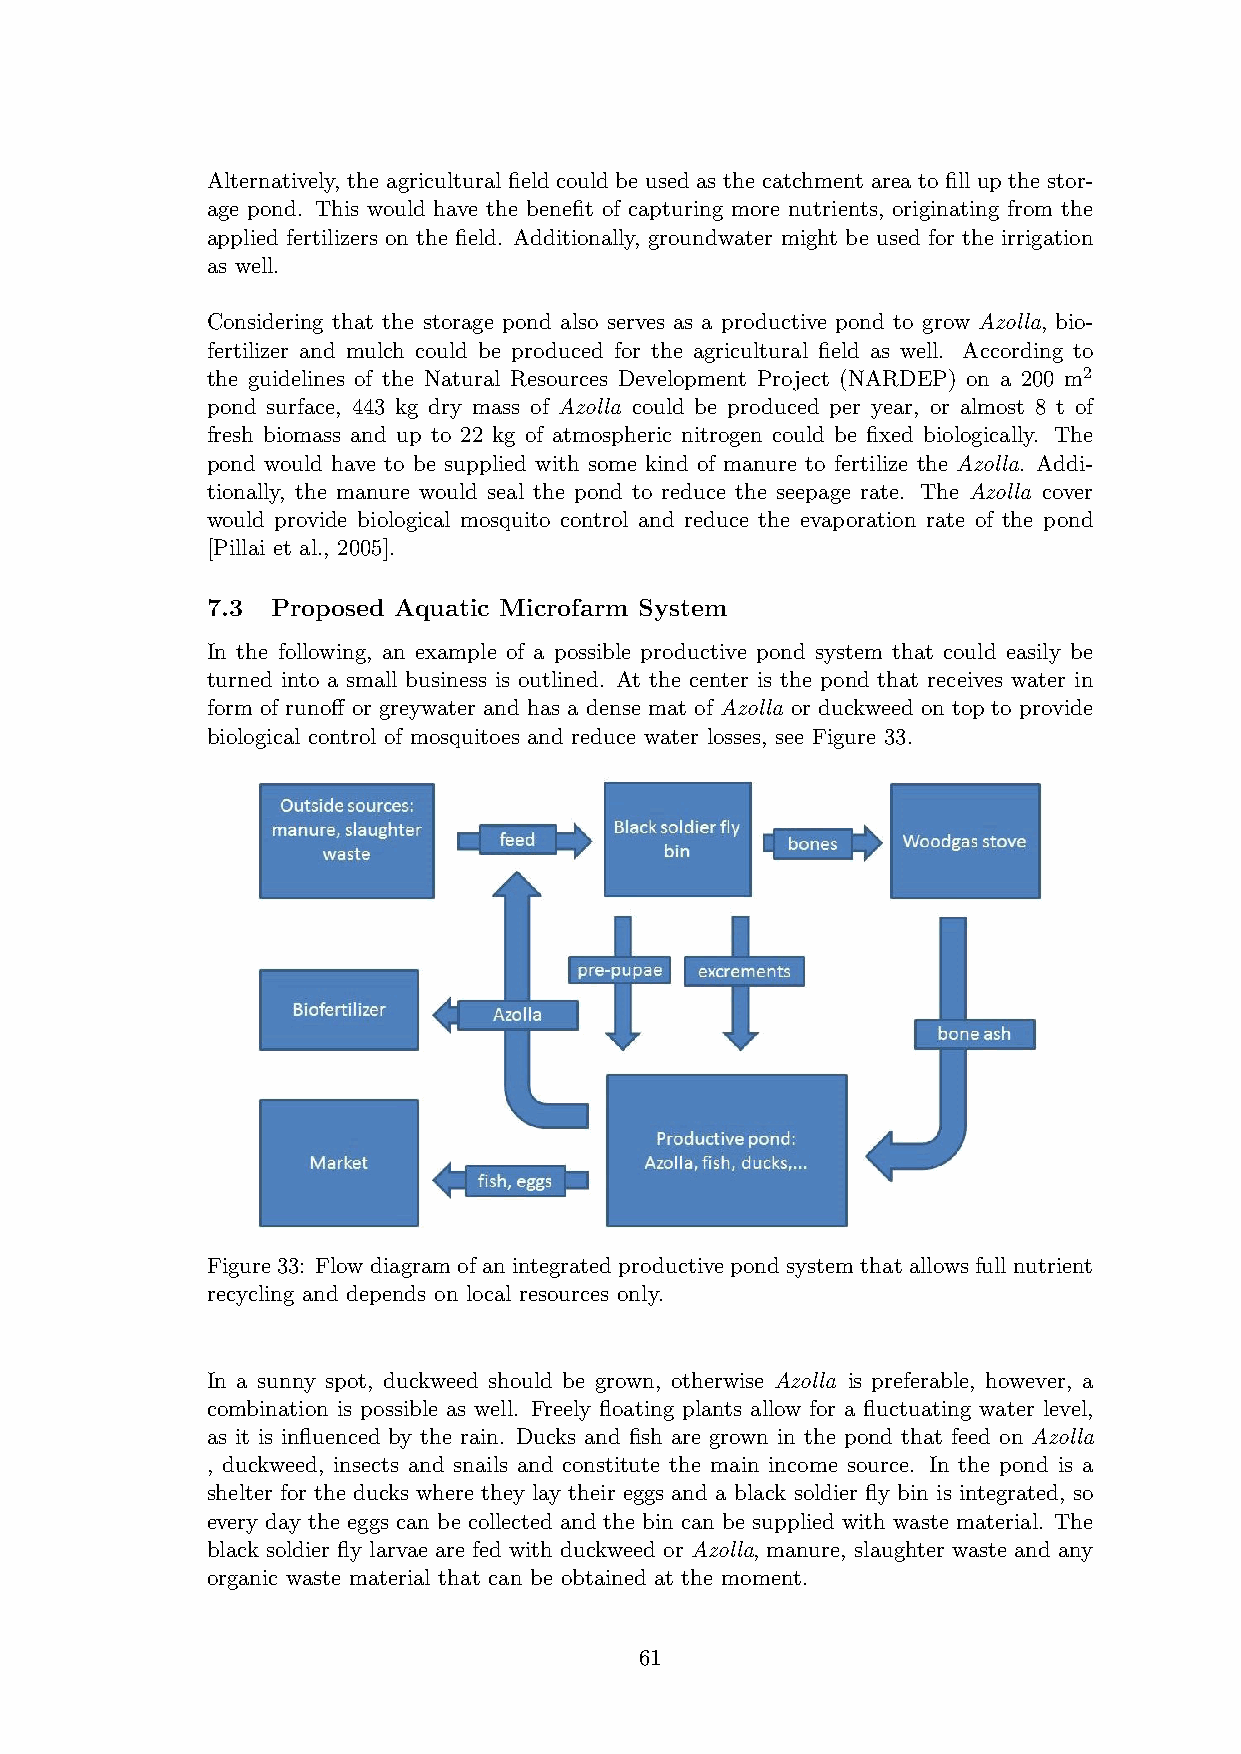
Alternatively, the agricultural field could be used as the catchment area to fill up the stor-
 age pond. This would have the benefit of capturing more nutrients, originating from the
 applied fertilizers on the field. Additionally, groundwater might be used for the irrigation
 as well.
 Considering that the storage pond also serves as a productive pond to grow Azolla, bio-
 fertilizer and mulch could be produced for the agricultural field as well. According to
 the guidelines of the Natural Resources Development Project (NARDEP) on a 200 m2
 pond surface, 443 kg dry mass of Azolla could be produced per year, or almost 8 t of
 fresh biomass and up to 22 kg of atmospheric nitrogen could be fixed biologically. The
 pond would have to be supplied with some kind of manure to fertilize the Azolla. Addi-
 tionally, the manure would seal the pond to reduce the seepage rate. The Azolla cover
 would provide biological mosquito control and reduce the evaporation rate of the pond
 [Pillai et al., 2005].
 7.3 Proposed Aquatic Microfarm System
 In the following, an example of a possible productive pond system that could easily be
 turned into a small business is outlined. At the center is the pond that receives water in
 form of runoff or greywater and has a dense mat of Azolla or duckweed on top to provide
 biological control of mosquitoes and reduce water losses, see Figure 33.
 Figure33: Flowdiagramofanintegratedproductivepondsystemthatallowsfullnutrient
 recycling and depends on local resources only.
 In a sunny spot, duckweed should be grown, otherwise Azolla is preferable, however, a
 combination is possible as well. Freely floating plants allow for a fluctuating water level,
 as it is influenced by the rain. Ducks and fish are grown in the pond that feed on Azolla
 , duckweed, insects and snails and constitute the main income source. In the pond is a
 shelter for the ducks where they lay their eggs and a black soldier fly bin is integrated, so
 every day the eggs can be collected and the bin can be supplied with waste material. The
 black soldier fly larvae are fed with duckweed or Azolla, manure, slaughter waste and any
 organic waste material that can be obtained at the moment.
 61